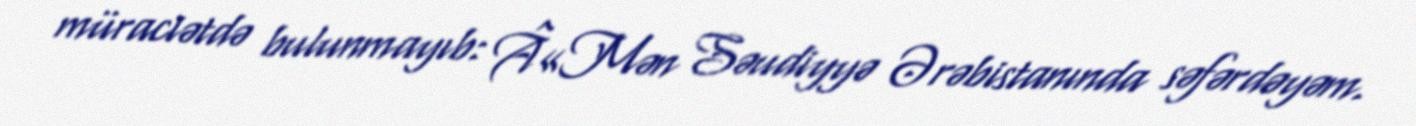
müraciətdə bulunmayıb: Â«Mən Səudiyyə Ərəbistanında səfərdəyəm.